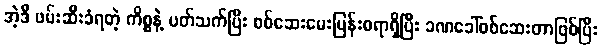
အဲ့ဒီ ဖမ်းဆီးခံရတဲ့ ကိစ္စနဲ့ ပတ်သက်ပြီး စစ်ဆေးမေးမြန်းစရာရှိပြီး ခဏခေါ်စစ်ဆေးတာဖြစ်ပြီး